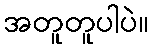
အတူတူပါပဲ။